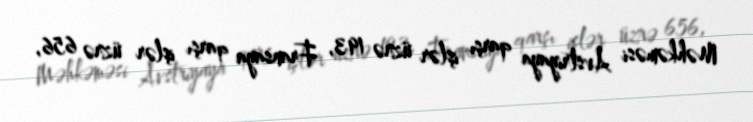
Məhkəməsi Avstriyaya qarşı işlər üzrə 193, Fransaya qarşı işlər üzrə 656,